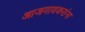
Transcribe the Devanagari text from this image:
आजगावकरांना